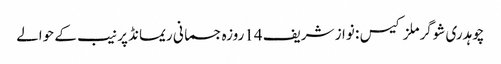
چوہدری شوگرملز کیس : نواز شریف 14روزہ جسمانی ریمانڈ پر نیب کے حوالے